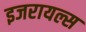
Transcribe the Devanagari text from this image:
इजरायल्स